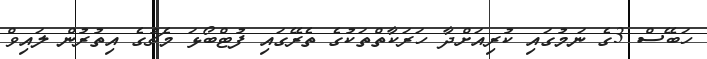
ހަބޭސް 3ގެ ނަމުގައި ކުރިއަށްދާ ހަރަކާތްތަކުގެ ތެރޭގައި ފުޓްބޯޅަ މެޗުގެ އިތުރުން ލައިވް